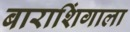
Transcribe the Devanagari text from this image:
बाराशिंगाला